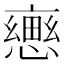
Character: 𢢦